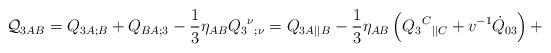
LaTeX: \begin{align*}{\cal Q}_{3AB}=Q_{3A;B}+Q_{BA;3}-\frac13\eta_{AB}Q_3{^\nu}{_{;\nu}}={Q}_{3A||B}- \frac{1}{3}\eta_{AB}\left( Q_3{^C}{_{||C}}+v^{-1}\dot{Q}_{03} \right)+\end{align*}